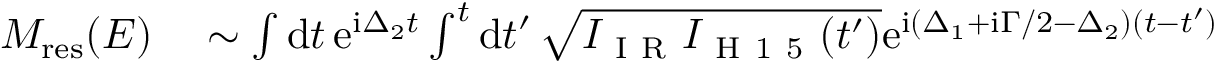
\begin{array} { r l } { M _ { \mathrm { { r e s } } } ( E ) } & { { } \sim \int \mathrm d t \, \mathrm e ^ { \mathrm i \Delta _ { 2 } t } \int ^ { t } \mathrm d t ^ { \prime } \, \sqrt { I _ { \mathrm { ~ I ~ R ~ } } I _ { \mathrm { ~ H ~ 1 ~ 5 ~ } } ( t ^ { \prime } ) } \mathrm e ^ { \mathrm i ( \Delta _ { 1 } + \mathrm i \Gamma / 2 - \Delta _ { 2 } ) ( t - t ^ { \prime } ) } } \end{array}